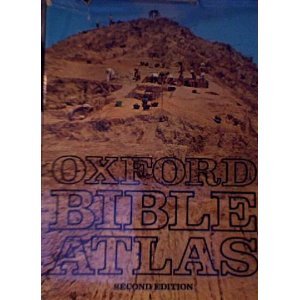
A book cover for Oxford Bible Atlas; Christian Books & Bibles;